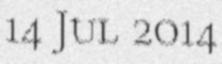
14 Jul 2014